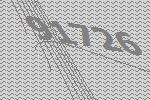
91726